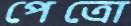
পেত্রো